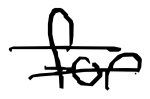
Text: for
Cross-out: double-line
Writing tool: digital_black